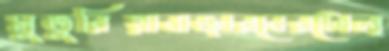
সুতুরিয়াবাজারবেরটোল্